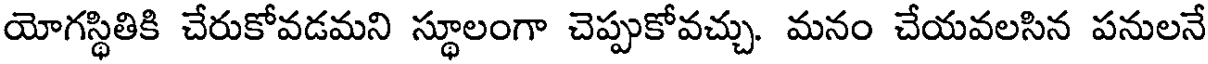
యోగస్థితికి చేరుకోవడమని స్థూలంగా చెప్పుకోవచ్చు. మనం చేయవలసిన పనులనే